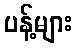
ပန့်များ